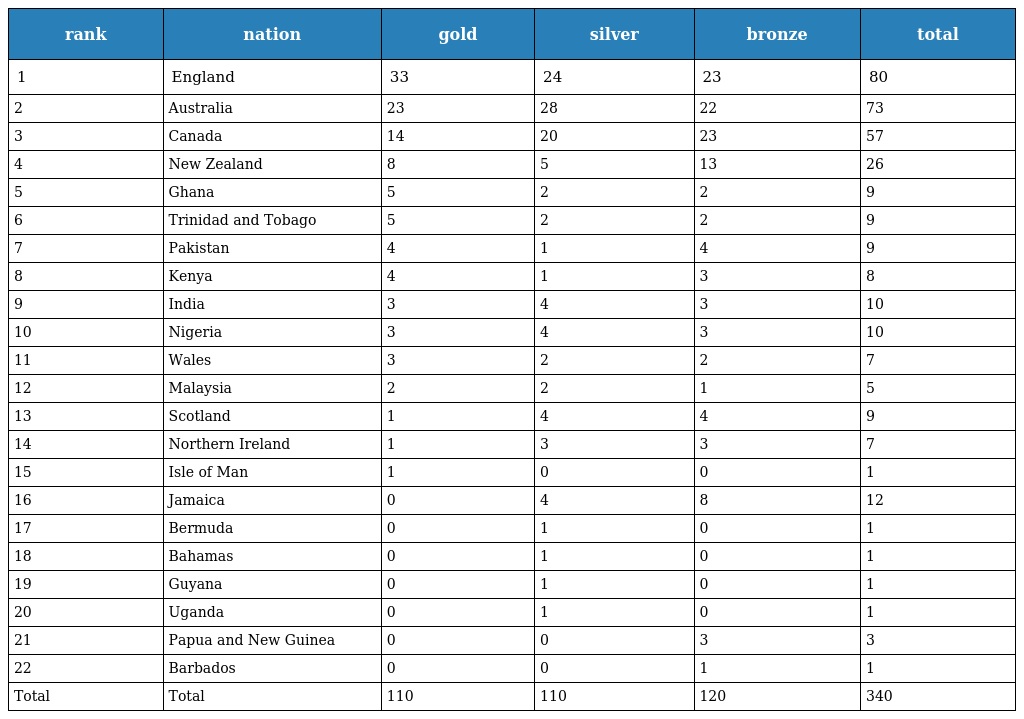
| rank | nation | gold | silver | bronze | total |
 | --- | --- | --- | --- | --- | --- |
 | 1 | England | 33 | 24 | 23 | 80 |
 | 2 | Australia | 23 | 28 | 22 | 73 |
 | 3 | Canada | 14 | 20 | 23 | 57 |
 | 4 | New Zealand | 8 | 5 | 13 | 26 |
 | 5 | Ghana | 5 | 2 | 2 | 9 |
 | 6 | Trinidad and Tobago | 5 | 2 | 2 | 9 |
 | 7 | Pakistan | 4 | 1 | 4 | 9 |
 | 8 | Kenya | 4 | 1 | 3 | 8 |
 | 9 | India | 3 | 4 | 3 | 10 |
 | 10 | Nigeria | 3 | 4 | 3 | 10 |
 | 11 | Wales | 3 | 2 | 2 | 7 |
 | 12 | Malaysia | 2 | 2 | 1 | 5 |
 | 13 | Scotland | 1 | 4 | 4 | 9 |
 | 14 | Northern Ireland | 1 | 3 | 3 | 7 |
 | 15 | Isle of Man | 1 | 0 | 0 | 1 |
 | 16 | Jamaica | 0 | 4 | 8 | 12 |
 | 17 | Bermuda | 0 | 1 | 0 | 1 |
 | 18 | Bahamas | 0 | 1 | 0 | 1 |
 | 19 | Guyana | 0 | 1 | 0 | 1 |
 | 20 | Uganda | 0 | 1 | 0 | 1 |
 | 21 | Papua and New Guinea | 0 | 0 | 3 | 3 |
 | 22 | Barbados | 0 | 0 | 1 | 1 |
 | Total | Total | 110 | 110 | 120 | 340 |